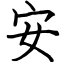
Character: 安